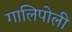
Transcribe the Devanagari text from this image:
गालिपोली